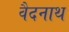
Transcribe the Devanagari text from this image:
वैदनाथ